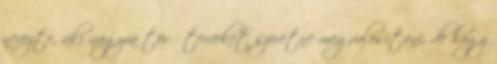
nevezte, aki nagyra törő terveket szeretne megvalósítani, de hogy